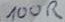
Text: 100R